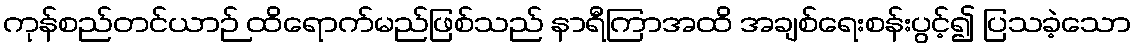
ကုန်စည်တင်ယာဉ် ထိရောက်မည်ဖြစ်သည် နာရီကြာအထိ အချစ်ရေးစန်းပွင့်၍ ပြသခဲ့သော